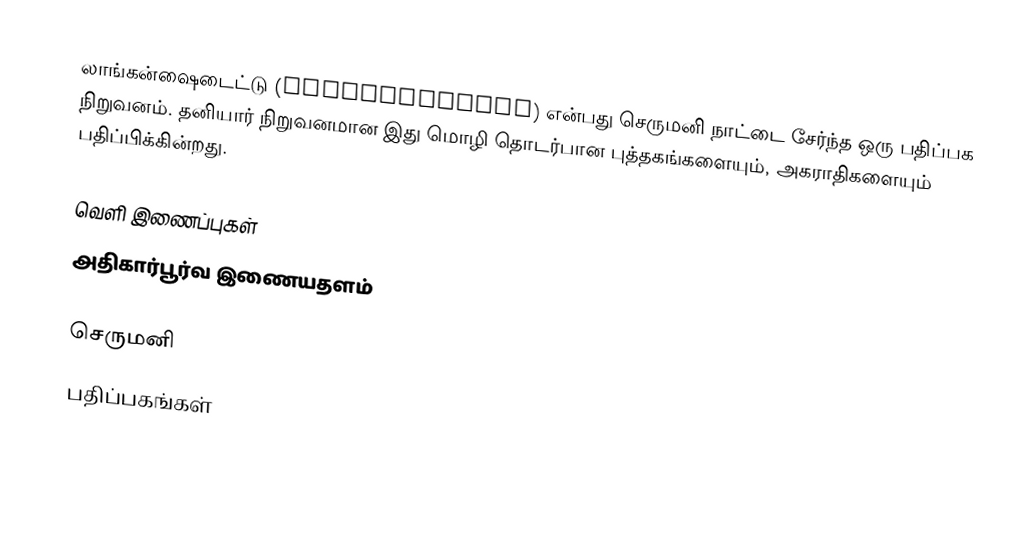
லாங்கன்ஷைடைட்டு (Langenscheidt) என்பது செருமனி நாட்டை சேர்ந்த ஒரு பதிப்பக நிறுவனம். தனியார் நிறுவனமான இது மொழி தொடர்பான புத்தகங்களையும், அகராதிகளையும் பதிப்பிக்கின்றது.

வெளி இணைப்புகள்
அதிகார்பூர்வ இணையதளம்

செருமனி
பதிப்பகங்கள்